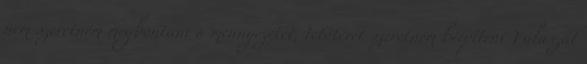
nem szeretném megbontani a mennyezetet, tetőteret szeretném beépíteni Válaszát